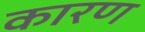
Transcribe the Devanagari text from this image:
कारण्‍ा